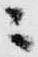
ニ